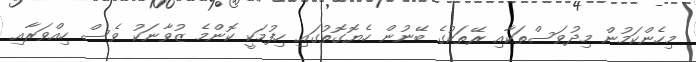
މިހެންކަމުން މިދުވަސްތަކާއި ރޭތަކުގެ ބޭނުން ހެޔޮގޮތުގައި ހިފުމަކީ ކޮންމެ ޒުވާނަކު ވެސް ހިއްވަރާއި